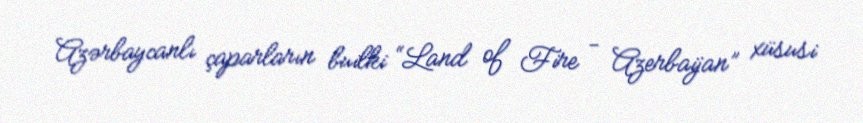
Azərbaycanlı çaparların builki “Land of Fire - Azerbaijan” xüsusi